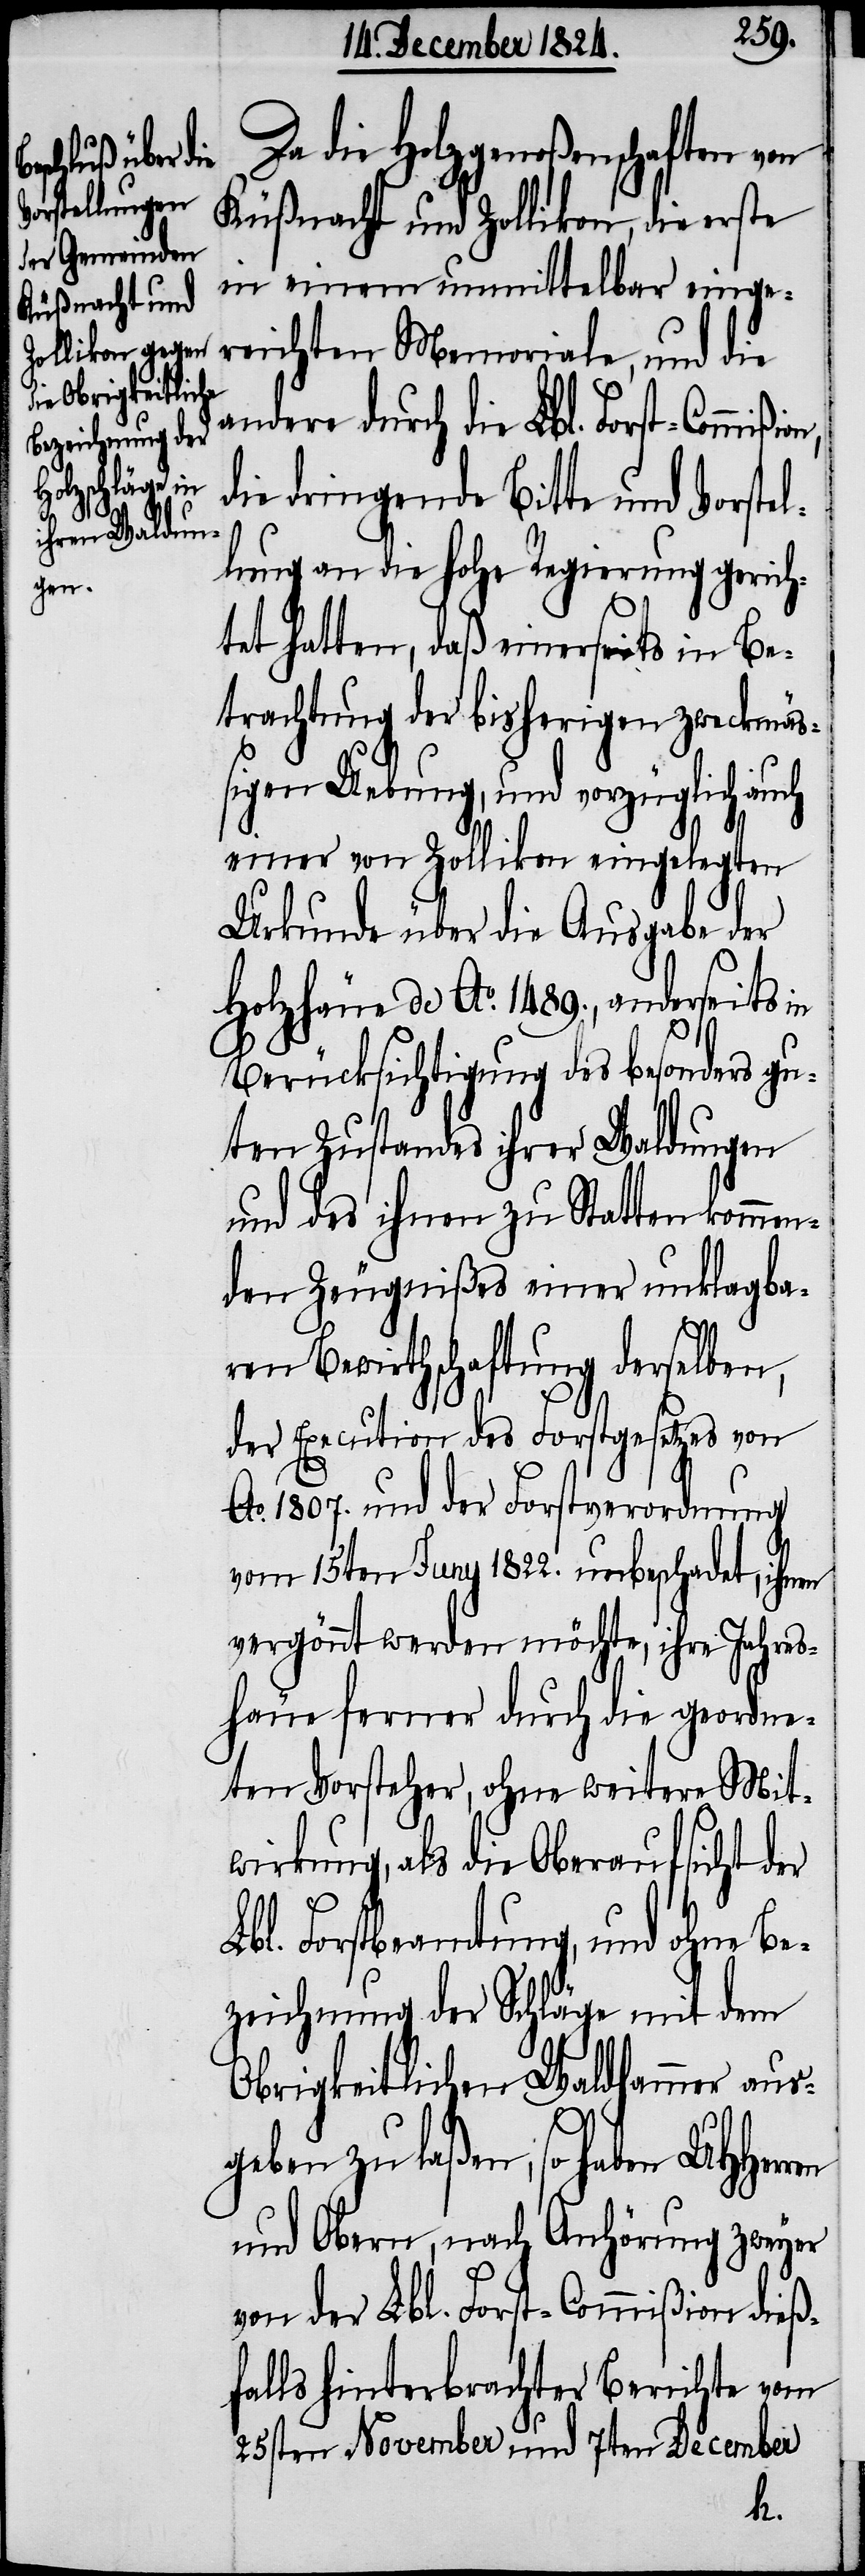
Da die Holzgenoßen von
Küßnacht und Zollikon, die erste
in einem unmittelbar einge¬
reichten Memoriale, und die
andere durch die Lbl. Forst-Commiß¬
die dringende Bitte und Vorstel¬
lung an die hohe Regierung gerich¬
tet hatten, daß einerseits in Be¬
trachtung der bisherigen zweckmä¬
ßigen Uebung, und vorzüglich auch
einer von Zollikon eingelegten
Urkunde über die Ausgabe der
Holzhäue de Ao. 1489., anderseits in
Berücksichtigung des besonders gu¬
ten Zustandes ihrer Waldungen
und des ihnen zu Statten kommen¬
den Zeugnißes einer unklagba¬
ren Bewirthschaftung derselben,
der Execution des Forstgesetzes von
Ao. 1807. und der Forstverordnung
vom 15ten Juny 1822. unbeschadet, ihnen
vergönnt werden möchte, ihre Jahes¬
häue ferner durch die geordne¬
ten Vorsteher, ohne weitere Mit¬
wirkung, als die Oberaufsicht der
bl. Forstbeamtung, und ohne Be¬
zeichnung der Schläge mit dem
Obrigkeitlichen Waldhammer aus¬
geben zu laßen, so haben
und Obern, nach Anhörung zweyer
von der Lbl. Forst-Commißion dieß¬
falls hinterbrachter Berichte vom
25sten November und 7ten December
L¬